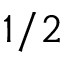
1 / 2